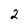
Character: 2